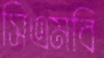
সিএমবি